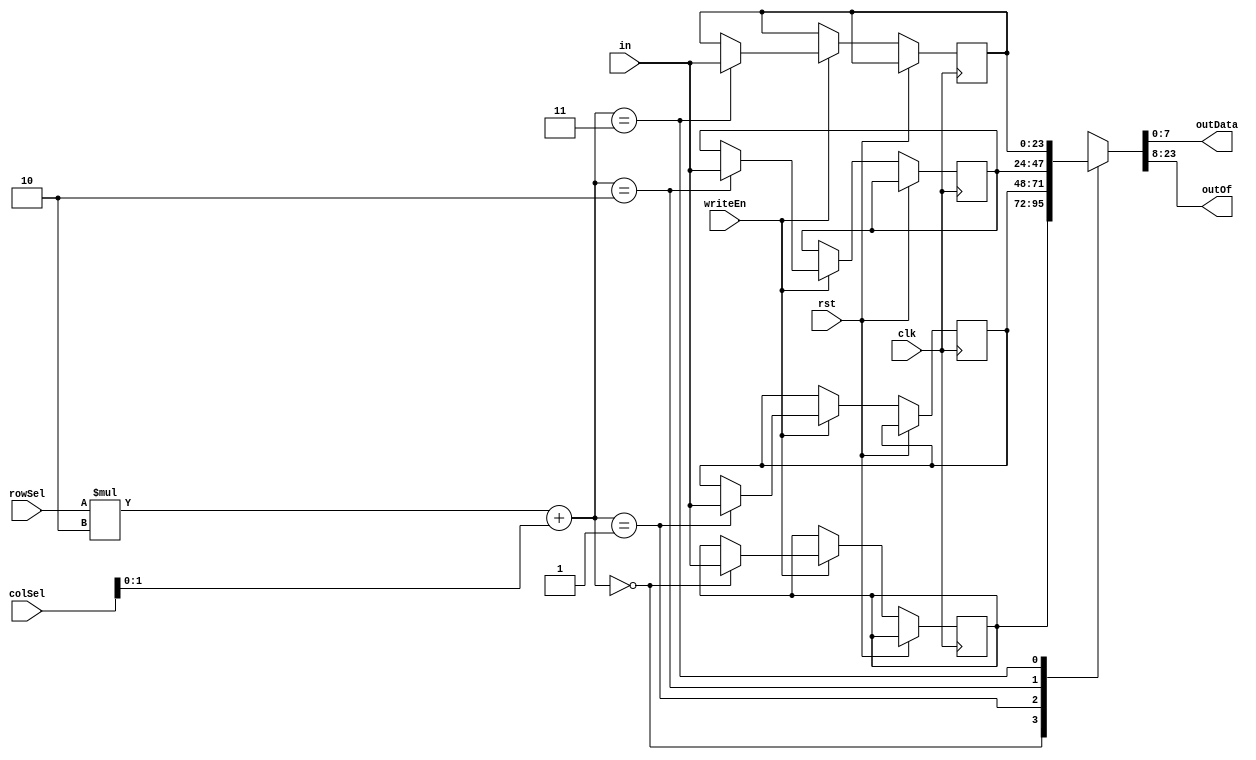
module resMatrix (clk, rst, writeEn, in, outData, outOf, rowSel, colSel);
  parameter M = 2;
  parameter DW = 8;
  parameter RW = 3 * DW;

  input clk, rst, writeEn;
  input [RW-1:0] in;
  output [RW-DW-1:0] outOf;
  output [DW-1:0] outData;
  input [DW-1:0] rowSel, colSel;
  reg [RW-1:0] memArr[M-1:0][M-1:0];
always @ (posedge clk, posedge rst) begin
  if(rst) begin
  //
  end
  else begin
    if(writeEn) begin
      memArr[rowSel][colSel] <= in;
    end
  end
end

assign outData = memArr[rowSel][colSel][DW-1:0];
assign outOf = memArr[rowSel][colSel][RW-1:DW];

endmodule // resMatrix